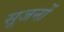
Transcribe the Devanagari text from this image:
सूजनों